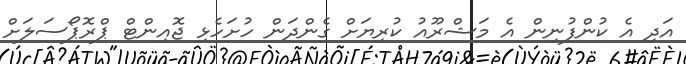
އަދި އެ ކުންފުނިން އެ މަޝްރޫއު ކުރިޔަށް ގެންދަން ހުށަހެޅި ޖޮއިންޓް ޕްރޮޕޯސަލަށް